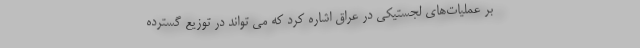
بر عملیات‌های لجستیکی در عراق اشاره کرد که می تواند در توزیع گسترده